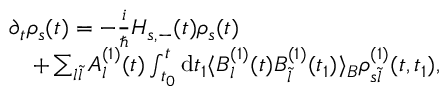
\begin{array} { r l } & { \partial _ { t } \rho _ { s } ( t ) = - \frac { i } { \hbar } H _ { s , - } ( t ) \rho _ { s } ( t ) } \\ & { \quad + \sum _ { l \tilde { l } } A _ { l } ^ { ( 1 ) } ( t ) \int _ { t _ { 0 } } ^ { t } \mathrm { d } t _ { 1 } \langle B _ { l } ^ { ( 1 ) } ( t ) B _ { \tilde { l } } ^ { ( 1 ) } ( t _ { 1 } ) \rangle _ { B } \rho _ { s \tilde { l } } ^ { ( 1 ) } ( t , t _ { 1 } ) , } \end{array}